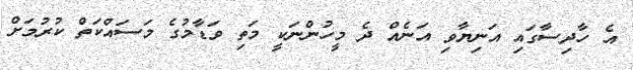
އެ ހާދިސާގައި އަނިޔާވި އަނެއް ދެ މީހުންނަކީ މަތި ވަޑާމުގެ މަސައްކަތް ކުރުމަށް